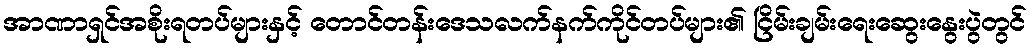
အာဏာရှင်အစိုးရတပ်များနှင့် တောင်တန်းဒေသလက်နက်ကိုင်တပ်များ၏ ငြိမ်းချမ်းရေးဆွေးနွေးပွဲတွင်